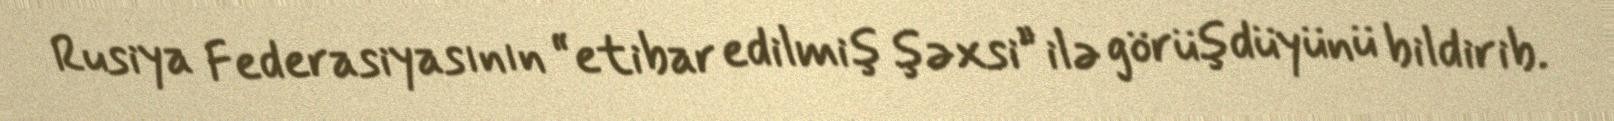
Rusiya Federasiyasının “etibar edilmiş şəxsi” ilə görüşdüyünü bildirib.